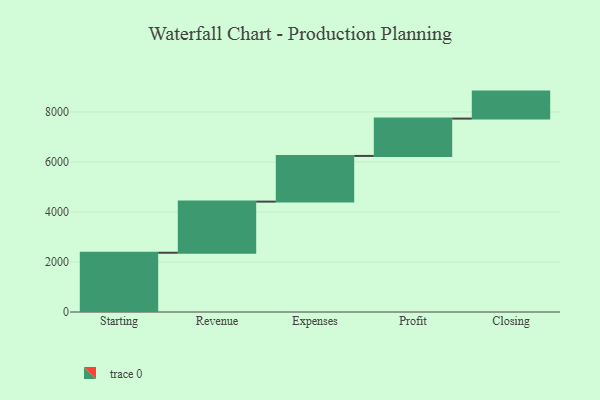
{"axis": {"x": "Step", "y": "Value"}, "legend": [""], "data": [{"x": "Starting", "y": 2370.0, "type": ""}, {"x": "Revenue", "y": 2045.0, "type": ""}, {"x": "Expenses", "y": 1827.0, "type": ""}, {"x": "Profit", "y": 1493.0, "type": ""}, {"x": "Closing", "y": 1080.0, "type": ""}]}